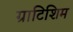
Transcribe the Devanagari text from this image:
ग्राटिशिम